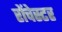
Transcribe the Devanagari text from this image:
रोंचेस्टर